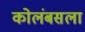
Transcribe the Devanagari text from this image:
कोलंबसला